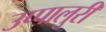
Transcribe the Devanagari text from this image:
उप्पालुरी